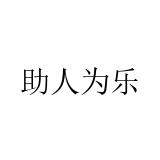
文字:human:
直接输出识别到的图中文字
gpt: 助人为乐